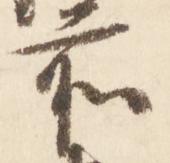
前